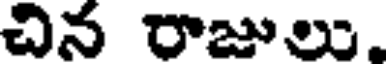
చిన రాజులు,